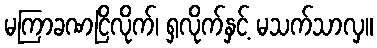
မကြာခဏငြိလိုက်၊ ရှလိုက်နှင့် မသက်သာလှ။